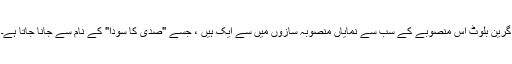
گرین بلوٹ اس منصوبے کے سب سے نمایاں منصوبہ سازوں میں سے ایک ہیں ، جسے "صدی کا سودا" کے نام سے جانا جاتا ہے۔